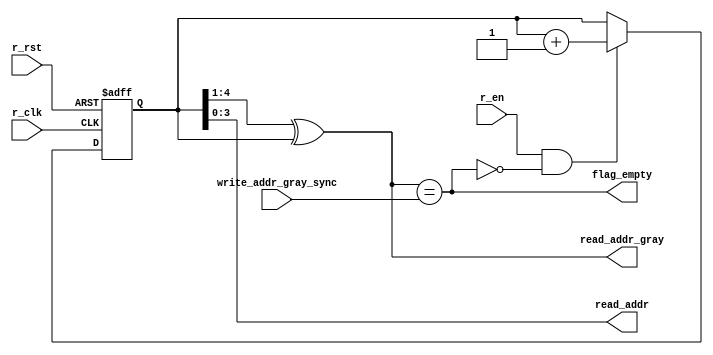
module read_empty
    #(
        parameter FIFO_DEPTH_BIT = 10'd4
    )
    (
        input                         r_clk,
        input                         r_rst,
        input                         r_en,
        input [FIFO_DEPTH_BIT:0]      write_addr_gray_sync,

        output                        flag_empty,
        output [FIFO_DEPTH_BIT-1:0]   read_addr,
        output [FIFO_DEPTH_BIT:0]     read_addr_gray
    );
   
    reg  [FIFO_DEPTH_BIT:0] read_addr_bin; //expand read_addr for 1bit
    reg  [FIFO_DEPTH_BIT:0] i;
    reg                     flag;
    //reg                     r_en_delay_1, r_en_delay_2;

    always @(posedge r_clk or posedge r_rst) begin // read_addr pointer add 1 atumatically
        if(r_rst)
            read_addr_bin <= 0;
        else if(r_en && (!flag_empty))
            read_addr_bin <= read_addr_bin + 1'b1;
        else
            read_addr_bin <= read_addr_bin;
    end
    
    assign read_addr_gray = (read_addr_bin>>1) ^ read_addr_bin;                // binary to gray
    assign flag_empty     = (read_addr_gray == write_addr_gray_sync);  // produce flag_empty signal
    assign read_addr      = read_addr_bin[FIFO_DEPTH_BIT-1:0];         //assign write_addr, cut 1 bit of read_addr_bin

endmodule